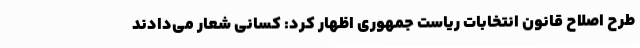
طرح اصلاح قانون انتخابات ریاست جمهوری اظهار کرد: کسانی شعار می‌دادند